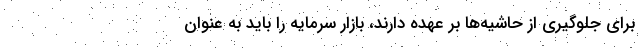
برای جلوگیری از حاشیه‌ها بر عهده دارند، بازار سرمایه را باید به عنوان